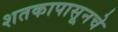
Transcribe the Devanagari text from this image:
शतकापासूनचे